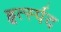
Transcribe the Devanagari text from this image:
हृर्त्स्पद